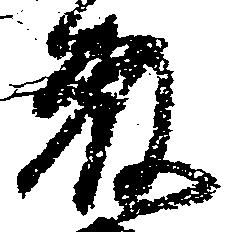
藤